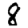
Digit: 8